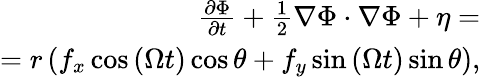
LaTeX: \begin{array}{r}{\frac{\partial\Phi}{\partial t}+\frac{1}{2}\nabla\Phi\cdot\nabla\Phi+\eta=}\\ {=r\left(f_{x}\cos{\left(\Omega t\right)}\cos{\theta}+f_{y}\sin{\left(\Omega t\right)}\sin{\theta}\right),}\end{array}